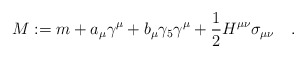
\begin{align*}M:=m+a_{\mu}{\gamma}^{\mu}+b_{\mu}{\gamma}_{5}{\gamma}^{\mu}+\frac{1}{2}H^{\mu \nu}{\sigma}_{\mu \nu}\quad .\end{align*}